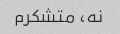
نه، متشکرم